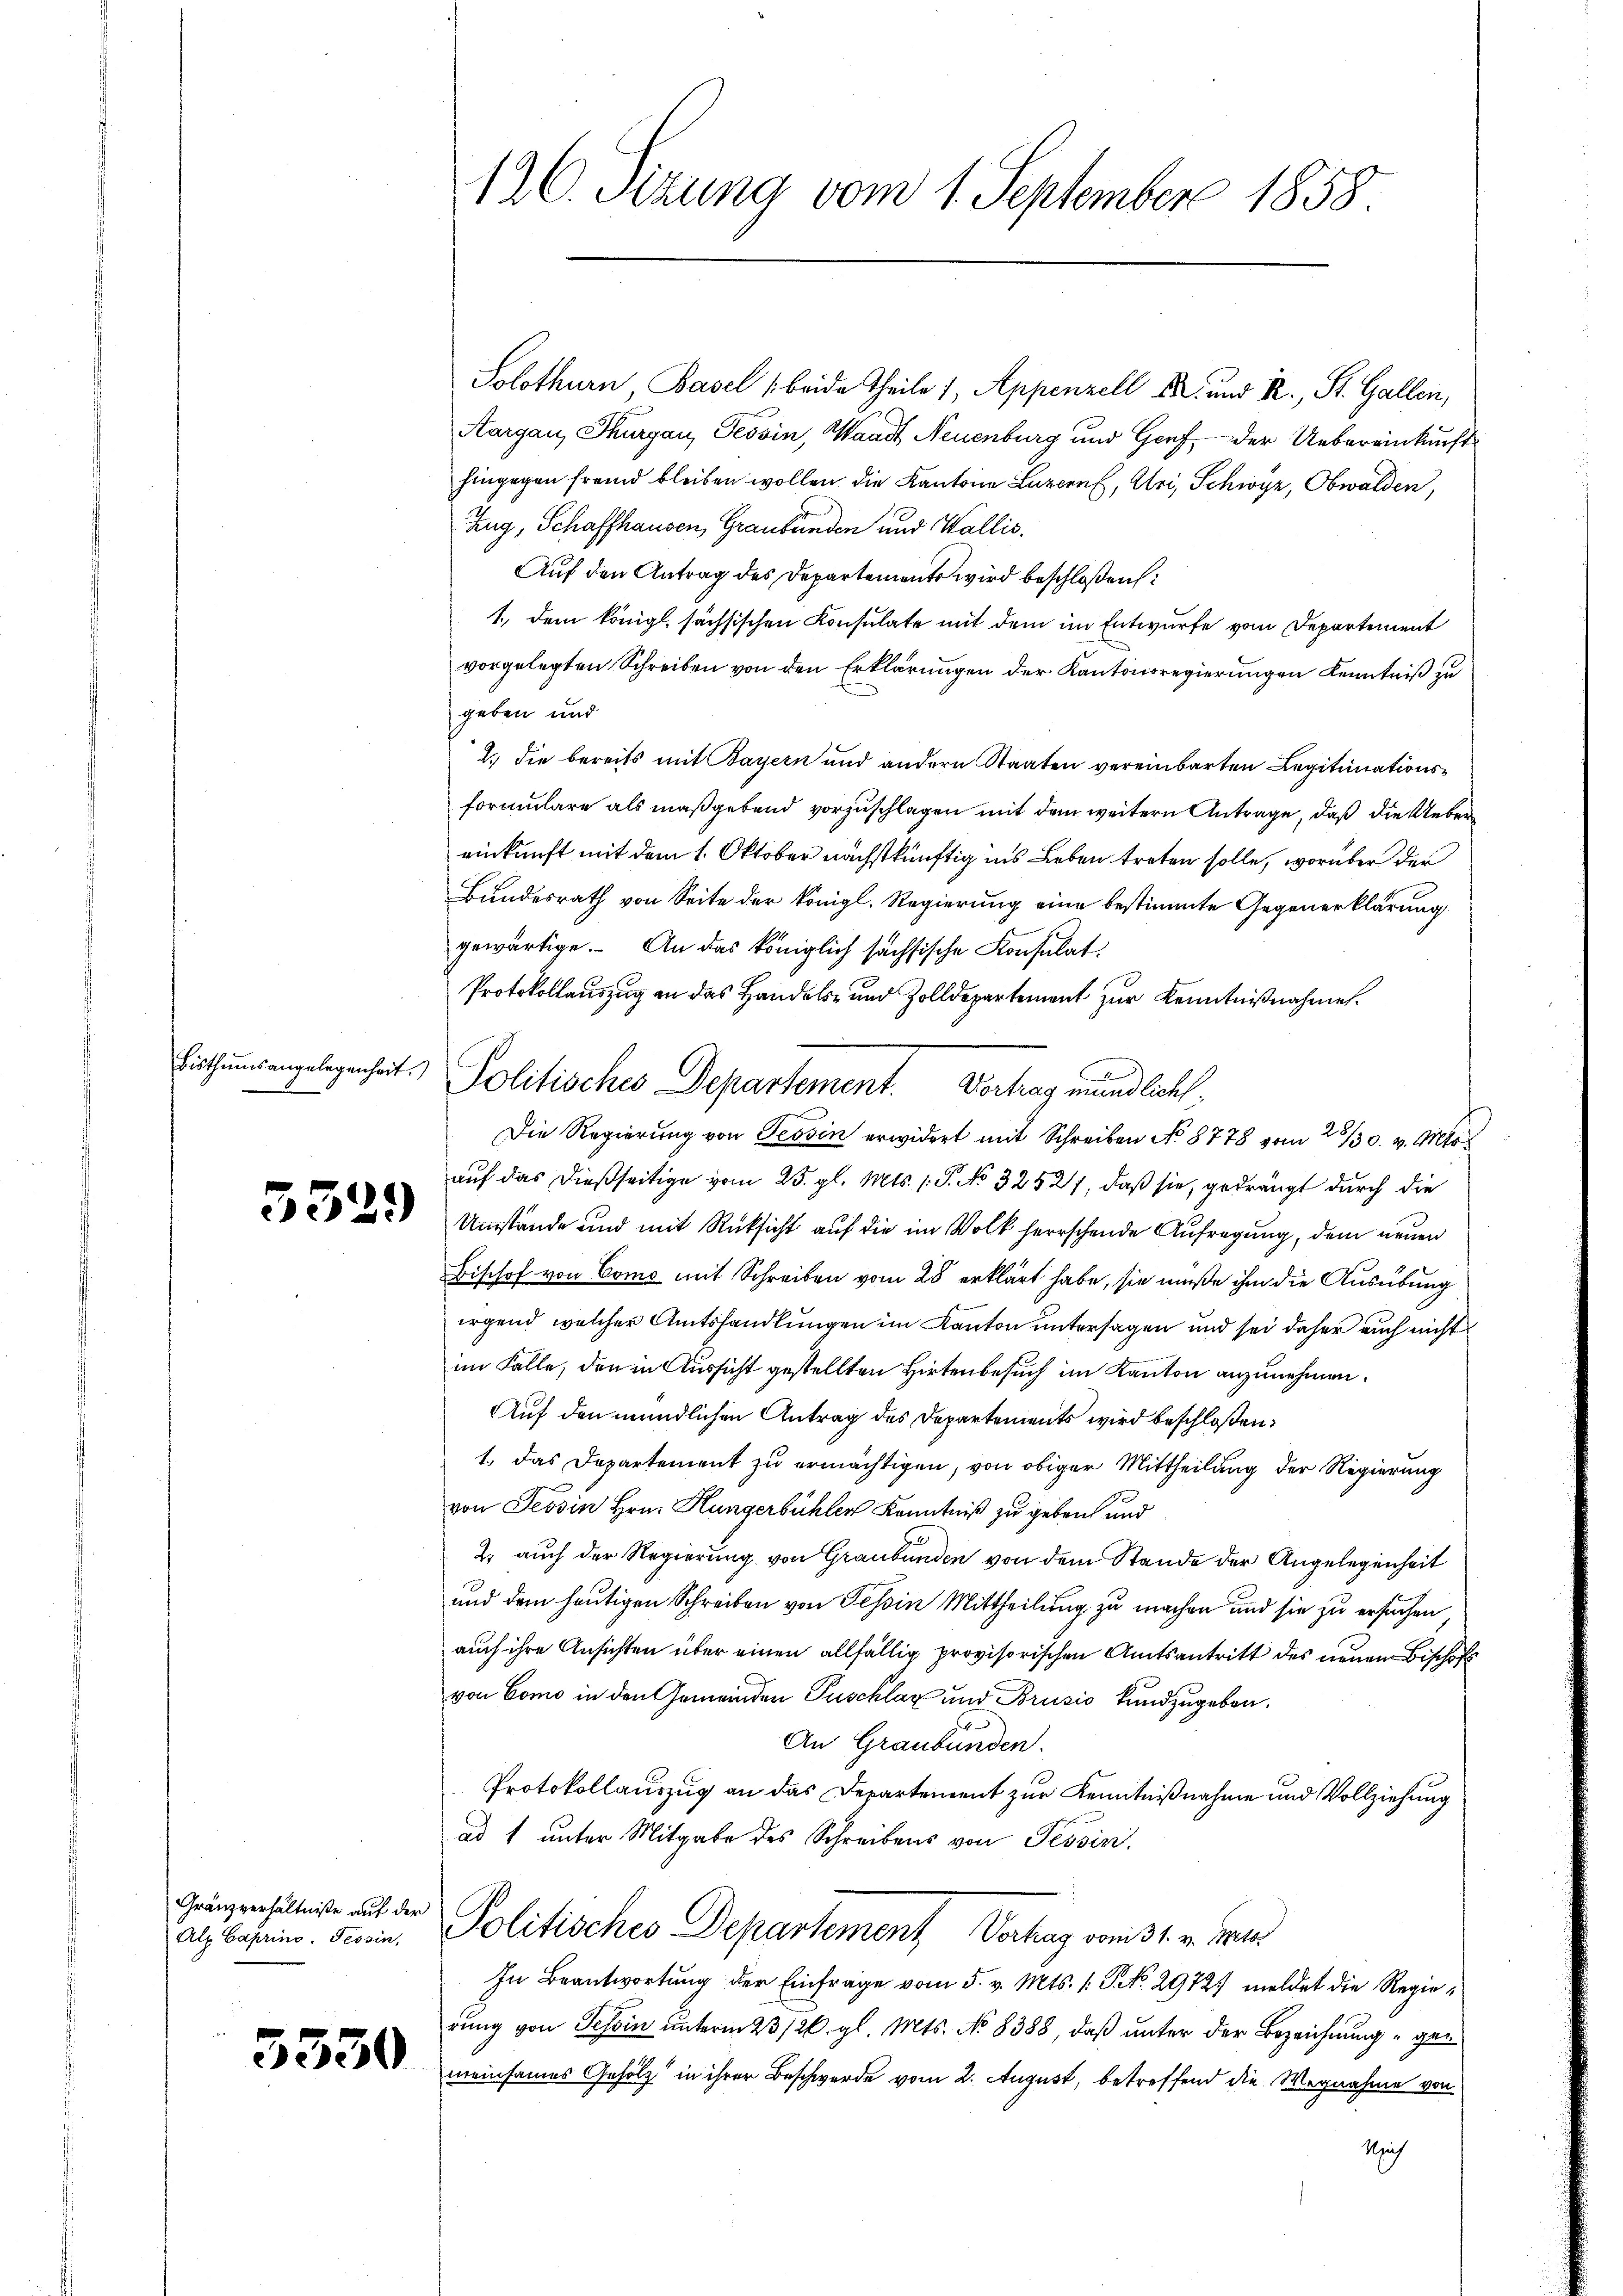
Bisthumsangelegenheit.)

5529

Gränzverhältniße auf der
Alz Caprino. Tessin,

3530

126. Sizung vom 1. September 1858

Solothurn, Basel (beide Theile 1, Appenzell 12 und K., St. Gallen,
Aargau, Thurgau, Tessin, Waadt Neuenburg und Genf, der Uebereinkunft
hingegen fremd bleiben wollen, die Kanton Luzern, Uri, Schwyz, Obwalden,
Zug, Schaffhausen, Graubünden und Wallis.
Auf den Antrag des Departements wird beschloßen:
1.) Dem königl. sächsischen Konsulate mit dem im Entwurfe vom Departement
vorgelegten Schreiben von den Erklärungen der Kantonsregierungen Kenntniß zu
geben und
2.) Die bereits mit Bayern und andern Staaten vereinbarten Legitimationsformulare als maßgebend vorzuschlagen mit dem weitern Antrage, daß die Uebereinkunft mit dem 1. Oktober nächstkünftig ins Leben treten solle, worüber der
Bundesrath von Seite der königl. Regierung eine bestimmte Gegenerklärung
gewärtige. An das königlich sachsische Konsulat
Protokollauszug an das Handels- und Zolldepartement zur Kenntnißnahmen.
Die Regierung von Tessin erwidert mit Schreiben No 8778 vom 23/30. v. Mts.
auf das dießseitige vom 25. gl. Mts. 1. P. No 32527, daß sie, gedrängt durch die
Umstände und mit Rücksicht auf die im Volk herrschende Aufregung, dem neuen
Bischof von Como mit Schreiben vom 28 erklärt habe, sie müße ihm die Ausübung
irgend welcher Amtshandlungen im Kanton untersagen und sei daher auch nicht
im Falle, den in Aussicht gestellten Hirtenbesuch im Kanton anzunehmen.
Auf den mündlichen Antrag des Departements wird beschloßen:
1. Das Departement zu ermächtigen, von obiger Mittheilung der Regierung
von Tessin Hrn. Hungerbühler Kenntniß zu geben und
2. auch der Regierung von Graubünden von dem Stande der Angelegenheit
und dem heutigen Schreiben von Tessin Mittheilung zu machen und sie zu ersuchen
auch ihre Ansichten über einen allfällig provisorischen Amtsantritt des neuen Bischof
von Como in den Gemeinden Puschlax und Brusio kundzugeben.
An Graubünden.
Protokollauszug an das Departement zur Kenntnißnahme und Vollziehung
ad 1 unter Mitgabe des Schreibens von Tessin.
Politisches Departement Verhag vom 31. v. Mi
In Beantwortung der Einfrage vom 5. v. Mts. 1. No. 2972. meldet die Regierung von Tessin unterm 23/26. gl. Mts. No 8388, daß unter der Bezeichnung gan
meinsames Gehölz in ihrer Beschwerde vom 2. August, betreffend die Wegnahme von
Reich

Politisches Departement. Vortrag mündlich